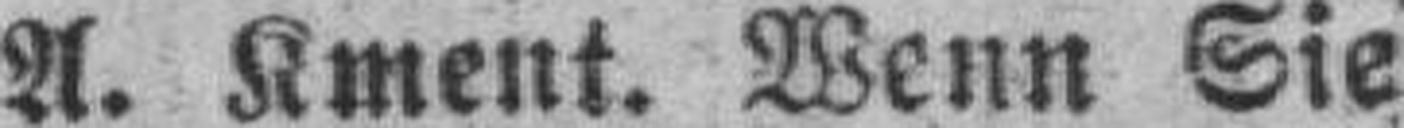
A. Kment. Wenn Sie